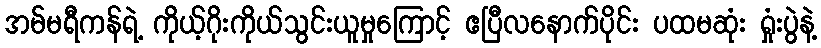
အမ်မရီကန်ရဲ့ ကိုယ့်ဂိုးကိုယ်သွင်းယူမှုကြောင့် ဧပြီလနောက်ပိုင်း ပထမဆုံး ရှုံးပွဲနဲ့